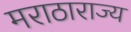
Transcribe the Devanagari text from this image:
मराठाराज्य